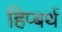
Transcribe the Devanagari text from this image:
हिप्बर्थ